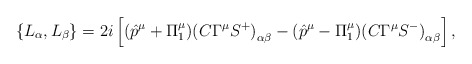
\begin{align*}\left\{L_\alpha, L_\beta\right\}=2i\left [(\hat p^\mu+\Pi^\mu_1){(C\Gamma^\mu S^+)}_{\alpha\beta}-(\hat p^\mu-\Pi^\mu_1){(C\Gamma^\mu S^-)}_{\alpha\beta}\right ],\end{align*}